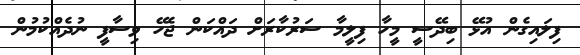
ފިލައިގެން އުޅޭ ބިދޭސީ މީހާ ފިލީމާ ސަރުކާރަށް ދައްކަން ޖެހޭ ވިސާފީ ނުދެއްކުމުން